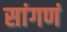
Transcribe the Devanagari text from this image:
सांगणं